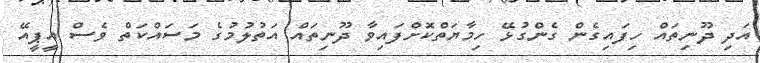
އަދި ދޫނިތައް ހިފައިގެން ގެންގުޅޭ ހިމާޔަތްކޮށްފައިވާ ދޫނިތައް އަތުލުމުގެ މަސައްކަތް ވެސް އީޕީއޭ